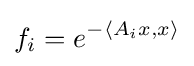
f_{i}=e^{-\langle A_{i}x,x\rangle }